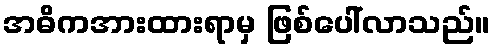
အဓိကအားထားရာမှ ဖြစ်ပေါ်လာသည်။